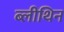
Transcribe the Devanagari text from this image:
ब्लीथिन